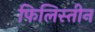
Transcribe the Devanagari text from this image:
फिलिस्‍तीन